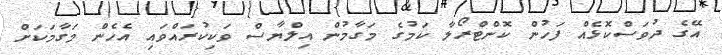
އޭގެ ދުވަސްކޮޅެއް ފަހުން ކޮންޓްރޯލާ ކަމުގެ މަގާމުން އިލްޔާސް ވަކިކުރައްވައި އެހެން މަގާމަކަށް